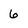
Character: 6